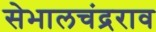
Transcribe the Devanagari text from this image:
सेभालचंद्रराव